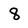
Character: 8